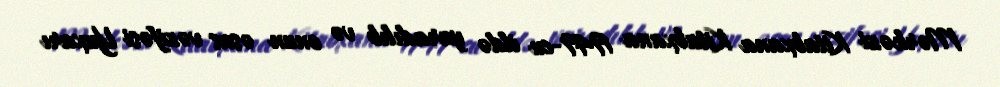
Mərkəzi Kitabxana Kitabxana 1949-cu ildə yaradılıb və onun əsas vəzifəsi Yuxarı